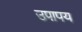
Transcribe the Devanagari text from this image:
उपापय